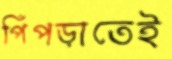
পিঁপড়াতেই